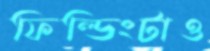
ফিল্ডিংটাও